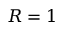
R = 1